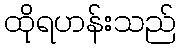
ထိုရဟန်းသည်